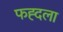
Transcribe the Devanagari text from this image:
फह्दला